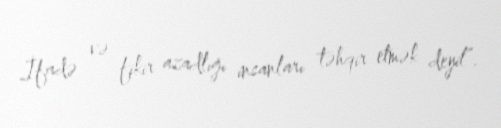
İfadə və fikir azadlığı insanları təhqir etmək deyil”.